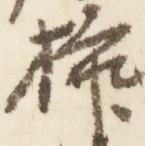
挿